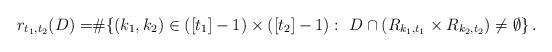
LaTeX: \begin{align*} r_{t_1,t_2}(D)=&\#\{(k_1,k_2)\in([t_1]-1)\times([t_2]-1):~D\cap (R_{k_1,t_1}\times R_{k_2,t_2})\neq \emptyset\}\,. \end{align*}